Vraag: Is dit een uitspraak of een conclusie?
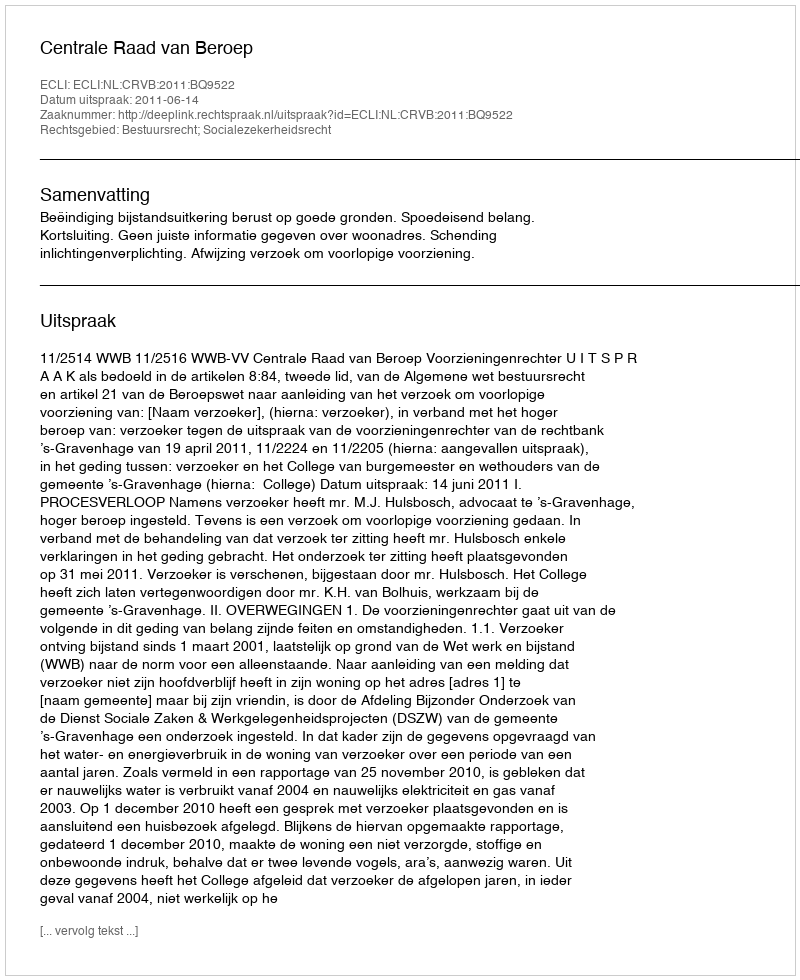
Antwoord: Uitspraak